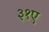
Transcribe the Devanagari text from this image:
३१ए